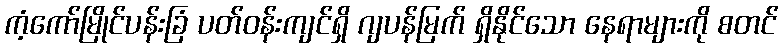
ကံ့ကော်မြိုင်ပန်းခြံ ပတ်ဝန်းကျင်ရှိ ဂျပန်မြက် ရှိနိုင်သော နေရာများကို စတင်